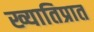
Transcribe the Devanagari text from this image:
ख्यातिप्रात